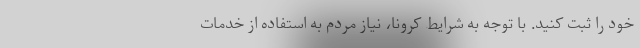
خود را ثبت کنید. با توجه به شرایط کرونا، نیاز مردم به استفاده از خدمات